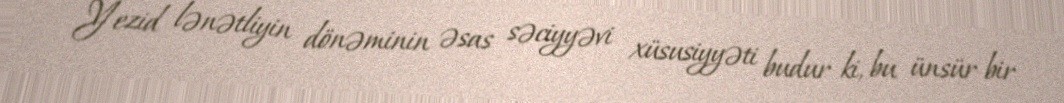
Yezid lənətliyin dönəminin əsas səciyyəvi xüsusiyyəti budur ki, bu ünsür bir